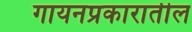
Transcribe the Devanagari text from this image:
गायनप्रकारातील